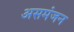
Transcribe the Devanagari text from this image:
असमंजन